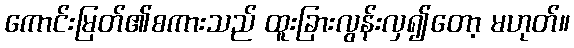
ကောင်းမြတ်၏စကားသည် ထူးခြားလွန်းလှ၍တော့ မဟုတ်။